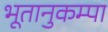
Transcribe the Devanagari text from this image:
भूतानुकम्पा